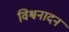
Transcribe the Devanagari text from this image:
विश्वनादन